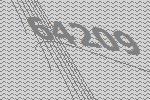
64209